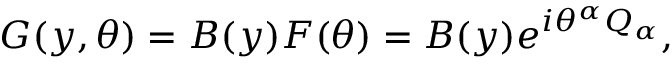
{ \cal G } ( y , \theta ) = B ( y ) F ( \theta ) = B ( y ) e ^ { i \theta ^ { \alpha } Q _ { \alpha } } ,